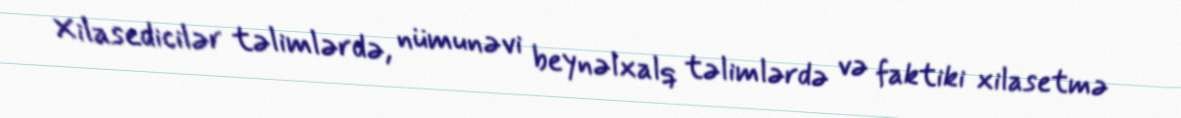
Xilasedicilər təlimlərdə, nümunəvi beynəlxalq təlimlərdə və faktiki xilasetmə